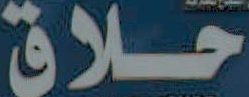
حلاق